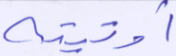
أوتيته